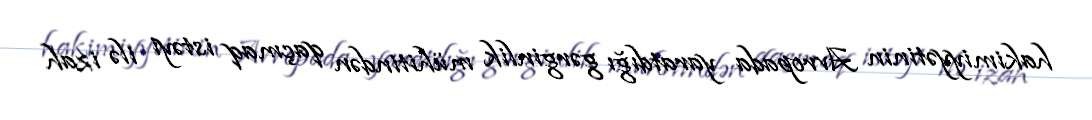
hakimiyyətinin Avropada yaratdığı gərginlik mühitindən qaçmaq istəyi ilə izah